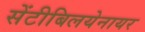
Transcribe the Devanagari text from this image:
सेंटीबिलयेनायर